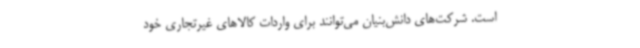
است. شرکت‌های دانش‌بنیان می‌توانند برای واردات کالاهای غیرتجاری خود